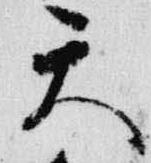
天